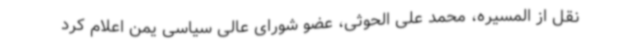
نقل از المسیره، محمد علی الحوثی، عضو شورای عالی سیاسی یمن اعلام کرد